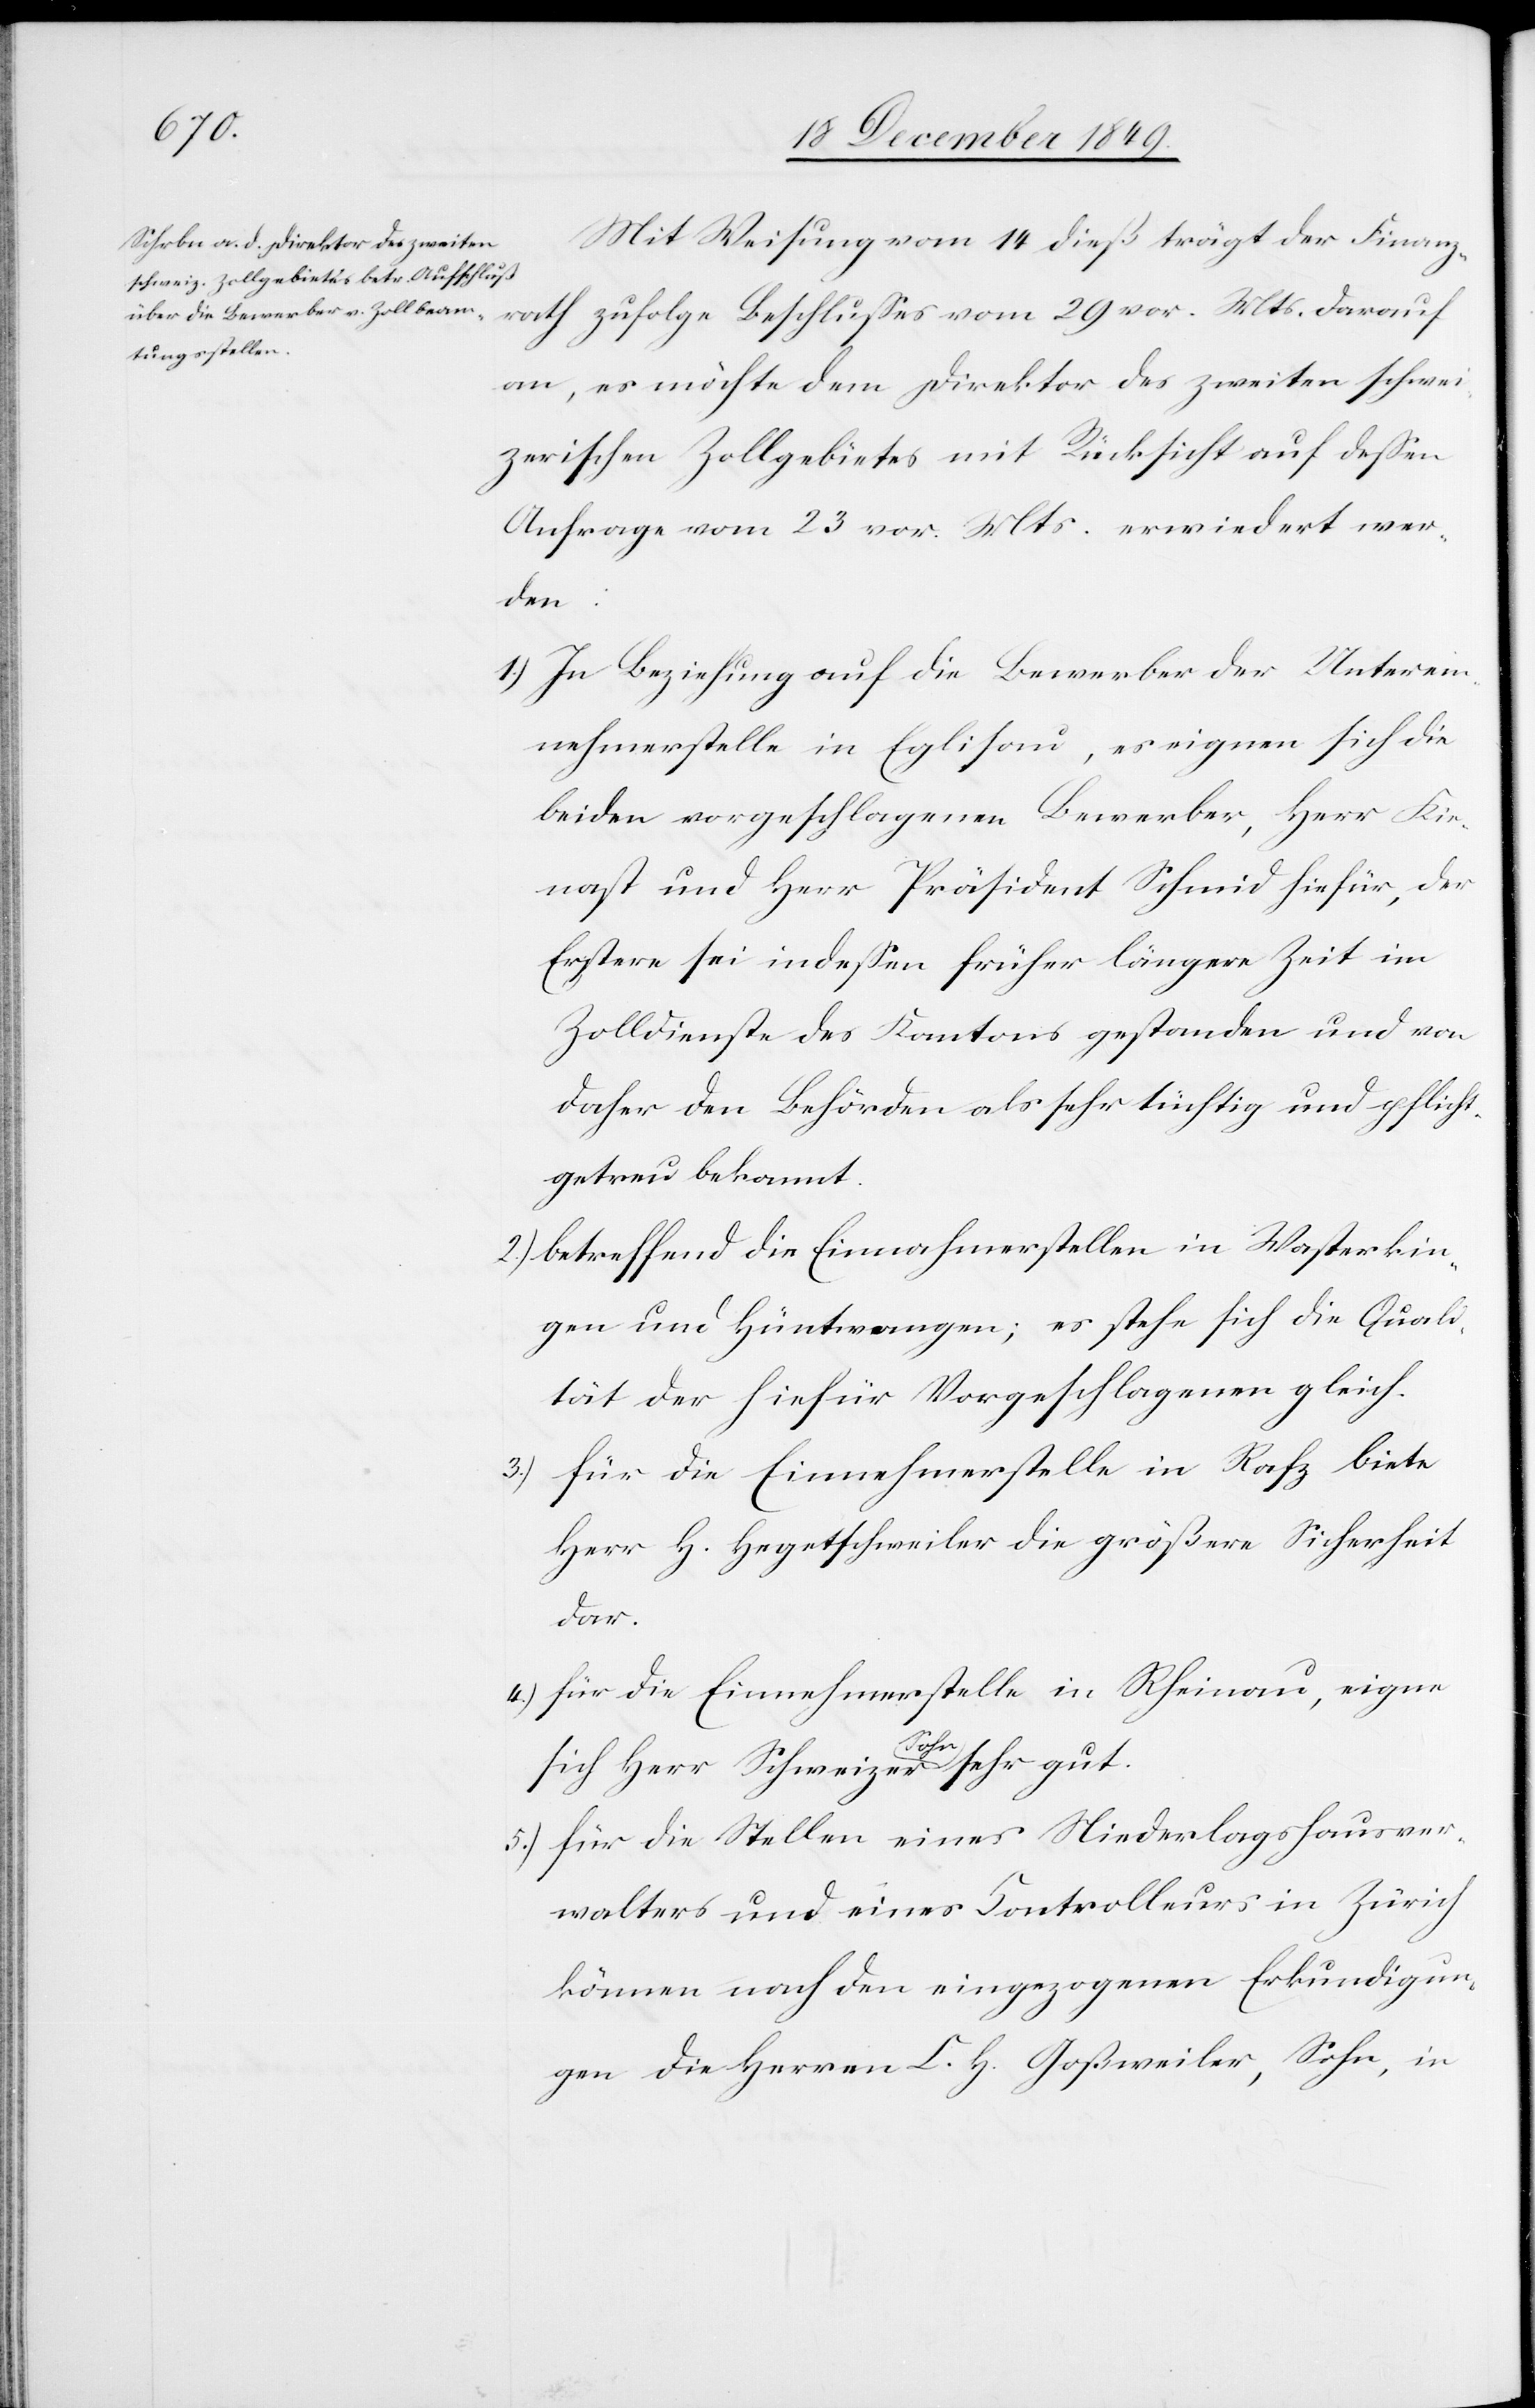
Mit Weisung vom 14 dieß trägt der Finanz¬
rath zufolge Beschlußes vom 29 vor. Mts. darauf
an, es möchte dem Direktor des zweiten schwei¬
zerischen Zollgebietes mit Rücksicht auf deßen
Anfrage vom 23 vor. Mts. erwiedert wer¬
den:
1.) In Beziehung auf die Bewerber der Unter¬
nehmerstelle in Eglisau, es eignen sich die
beiden vorgeschlagenen Bewerber, Herr Kie¬
nast und Herr Präsident Schmid hiefür, der
Erstere sei indeßen früher längere Zeit im
Zolldienste des Kantons gestanden und von
den Behörden als sehr tüchtig und pflicht¬
getreu bekannt.
2.) betreffend die Einnahmerstelle in Wasterkin¬
gen und Hüntwangen; es stehe sich die Quali¬
tät der hiefür Vorgeschlagenen gleich.
3.) für die Einnehmerstelle in Rafz biete
Herr H. Hegetschweiler die größere Sicherheit
dar.
4.) für die Einnehmerstelle in Rheinau, eigne
sich Herr Schweizer Sohn sehr gut.
5.) für die Stellen eines Niederlagshausver¬
walters und eines Controlleurs in Zürich
können nach den eingezogenen Erkundigun¬
gen die Herren C. H. Goßweiler, Sohn, in